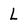
Character: L